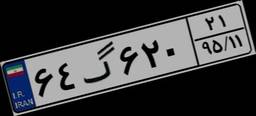
۶۴گ۶۲۰۲۱